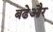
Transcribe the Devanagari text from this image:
बढेऔर